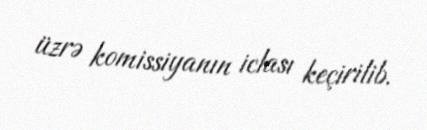
üzrə komissiyanın iclası keçirilib.